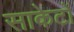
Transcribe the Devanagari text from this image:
साकेटों